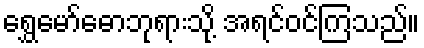
ရွှေမော်ဓောဘုရားသို့ အရင်ဝင်ကြသည်။